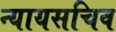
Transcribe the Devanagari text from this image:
न्यायसचिव